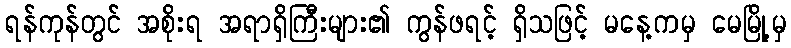
ရန်ကုန်တွင် အစိုးရ အရာရှိကြီးများ၏ ကွန်ဖရင့် ရှိသဖြင့် မနေ့ကမှ မေမြို့မှ